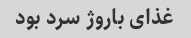
غذای باروژ سرد بود